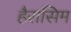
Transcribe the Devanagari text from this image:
हैरासिम